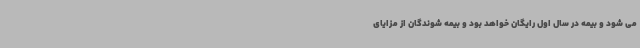
می شود و بیمه در سال اول رایگان خواهد بود و بیمه شوندگان از مزایای